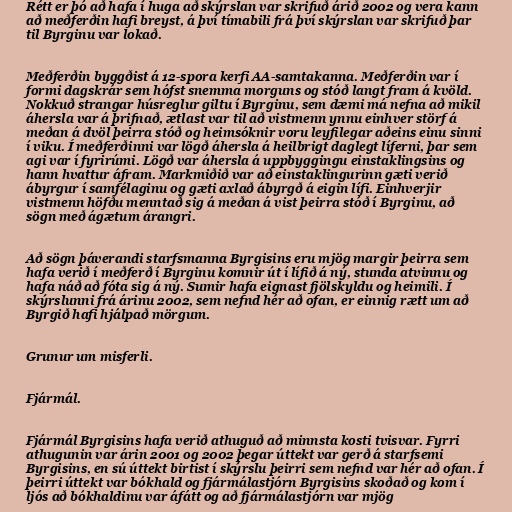
Rétt er þó að hafa í huga að skýrslan var skrifuð árið 2002 og vera kann
að meðferðin hafi breyst, á því tímabili frá því skýrslan var skrifuð þar
til Byrginu var lokað.

Meðferðin byggðist á 12-spora kerfi AA-samtakanna. Meðferðin var í
formi dagskrár sem hófst snemma morguns og stóð langt fram á kvöld.
Nokkuð strangar húsreglur giltu í Byrginu, sem dæmi má nefna að mikil
áhersla var á þrifnað, ætlast var til að vistmenn ynnu einhver störf á
meðan á dvöl þeirra stóð og heimsóknir voru leyfilegar aðeins einu sinni
í viku. Í meðferðinni var lögð áhersla á heilbrigt daglegt líferni, þar sem
agi var í fyrirúmi. Lögð var áhersla á uppbyggingu einstaklingsins og
hann hvattur áfram. Markmiðið var að einstaklingurinn gæti verið
ábyrgur í samfélaginu og gæti axlað ábyrgð á eigin lífi. Einhverjir
vistmenn höfðu menntað sig á meðan á vist þeirra stóð í Byrginu, að
sögn með ágætum árangri.

Að sögn þáverandi starfsmanna Byrgisins eru mjög margir þeirra sem
hafa verið í meðferð í Byrginu komnir út í lífið á ný, stunda atvinnu og
hafa náð að fóta sig á ný. Sumir hafa eignast fjölskyldu og heimili. Í
skýrslunni frá árinu 2002, sem nefnd hér að ofan, er einnig rætt um að
Byrgið hafi hjálpað mörgum.

Grunur um misferli.

Fjármál.

Fjármál Byrgisins hafa verið athuguð að minnsta kosti tvisvar. Fyrri
athugunin var árin 2001 og 2002 þegar úttekt var gerð á starfsemi
Byrgisins, en sú úttekt birtist í skýrslu þeirri sem nefnd var hér að ofan. Í
þeirri úttekt var bókhald og fjármálastjórn Byrgisins skoðað og kom í
ljós að bókhaldinu var áfátt og að fjármálastjórn var mjög